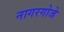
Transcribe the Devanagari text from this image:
नागरगोजे